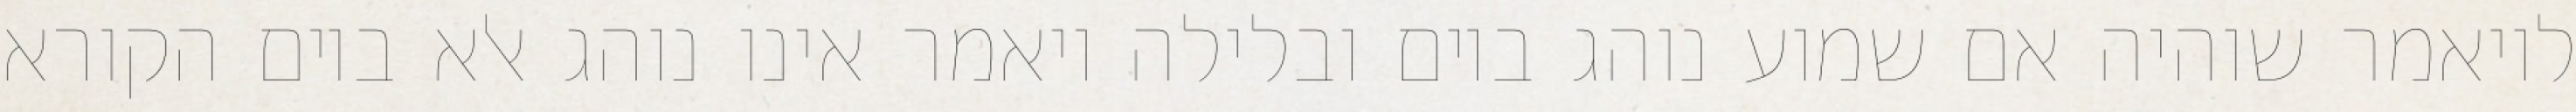
לויאמר שוהיה אם שמוע נוהג ביום ובלילה ויאמר אינו נוהג אלא ביום הקורא